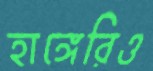
হাঙ্গেরিও